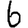
Digit: 6